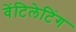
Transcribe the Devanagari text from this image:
वेंटिलेटिंग